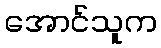
အောင်သူက